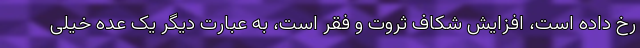
رخ داده است، افزایش شکاف ثروت و فقر است، به عبارت دیگر یک عده خیلی